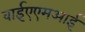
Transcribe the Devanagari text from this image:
वाईएएमआई